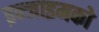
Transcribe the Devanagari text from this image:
इन्जाइमको